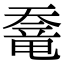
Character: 𡙶